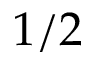
1 / 2